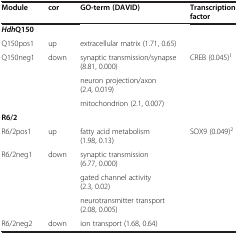
<table><thead><tr><td><b>Module</b></td><td><b>cor</b></td><td><b>GO-term (DAVID)</b></td><td><b>Transcription factor</b></td></tr></thead><tbody><tr><td colspan="4"><b><i>Hdh</i></b><b>Q150</b></td></tr><tr><td>Q150pos1</td><td>up</td><td>extracellular matrix (1.71, 0.65)</td><td></td></tr><tr><td rowspan="3">Q150neg1</td><td rowspan="3">down</td><td>synaptic transmission/synapse (8.81, 0.000)</td><td rowspan="3">CREB (0.045)<sup>1</sup></td></tr><tr><td>neuron projection/axon (2.4, 0.019)</td></tr><tr><td>mitochondrion (2.1, 0.007)</td></tr><tr><td colspan="4"><b>R6/2</b></td></tr><tr><td>R6/2pos1</td><td>up</td><td>fatty acid metabolism (1.98, 0.13)</td><td rowspan="5">SOX9 (0.049)<sup>2</sup></td></tr><tr><td rowspan="3">R6/2neg1</td><td rowspan="3">down</td><td>synaptic transmission (6.77, 0.000)</td></tr><tr><td>gated channel activity (2.3, 0.02)</td></tr><tr><td>neurotransmitter transport (2.08, 0.005)</td></tr><tr><td>R6/2neg2</td><td>down</td><td>ion transport (1.68, 0.64)</td></tr></tbody></table>